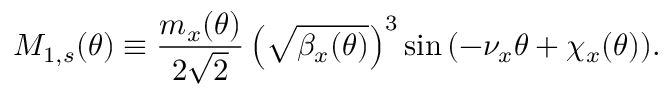
M _ { 1 , s } ( \theta ) \equiv \frac { m _ { x } ( \theta ) } { 2 \sqrt 2 } \left( \sqrt { \beta _ { x } ( \theta ) } \right) ^ { 3 } \sin { \left( - \nu _ { x } \theta + \chi _ { x } ( \theta ) \right) } .